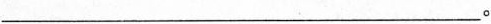
___。